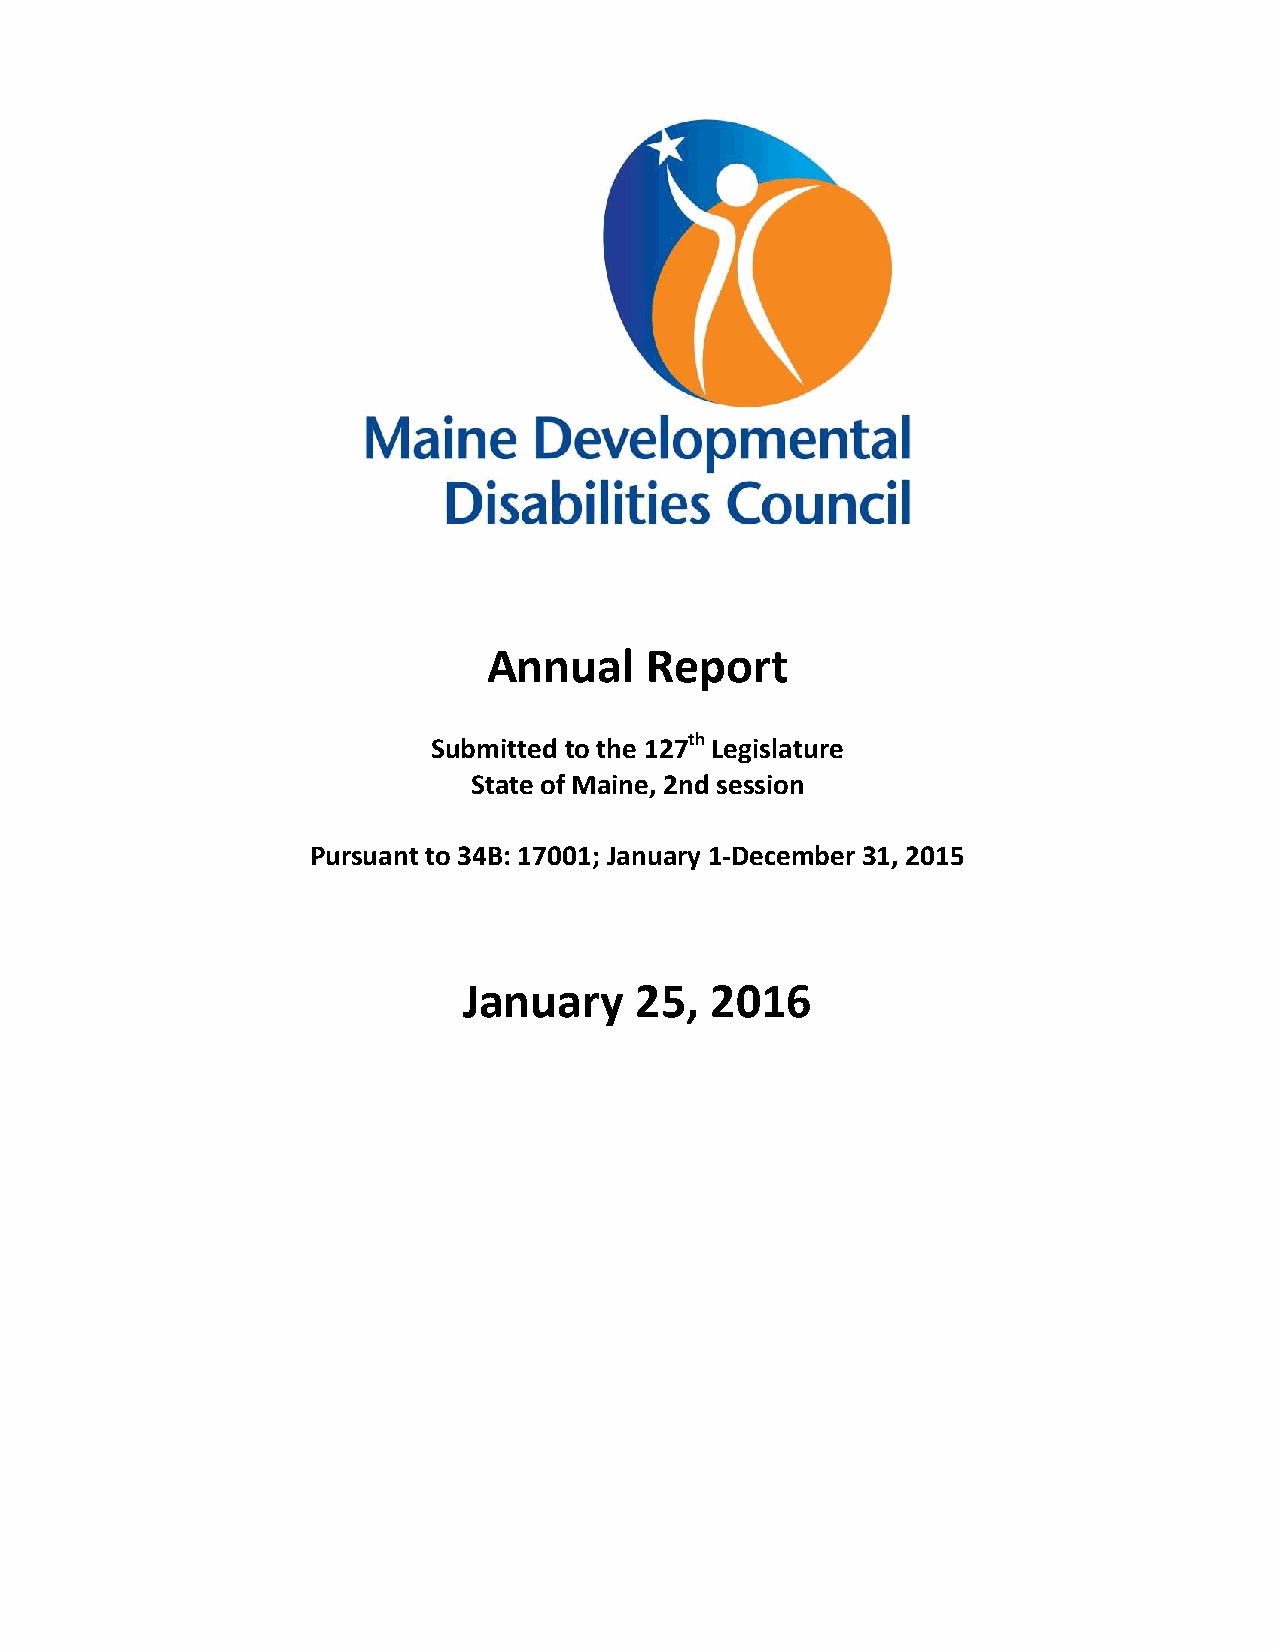
Annual     Report
 Submitted to the 127th Legislature
 State of Maine, 2nd session
 Pursuant to 34B: 17001; January 1-December 31, 2015
 January    25,  2016